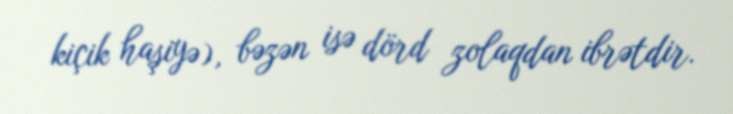
kiçik haşiyə), bəzən isə dörd zolaqdan ibrətdir.